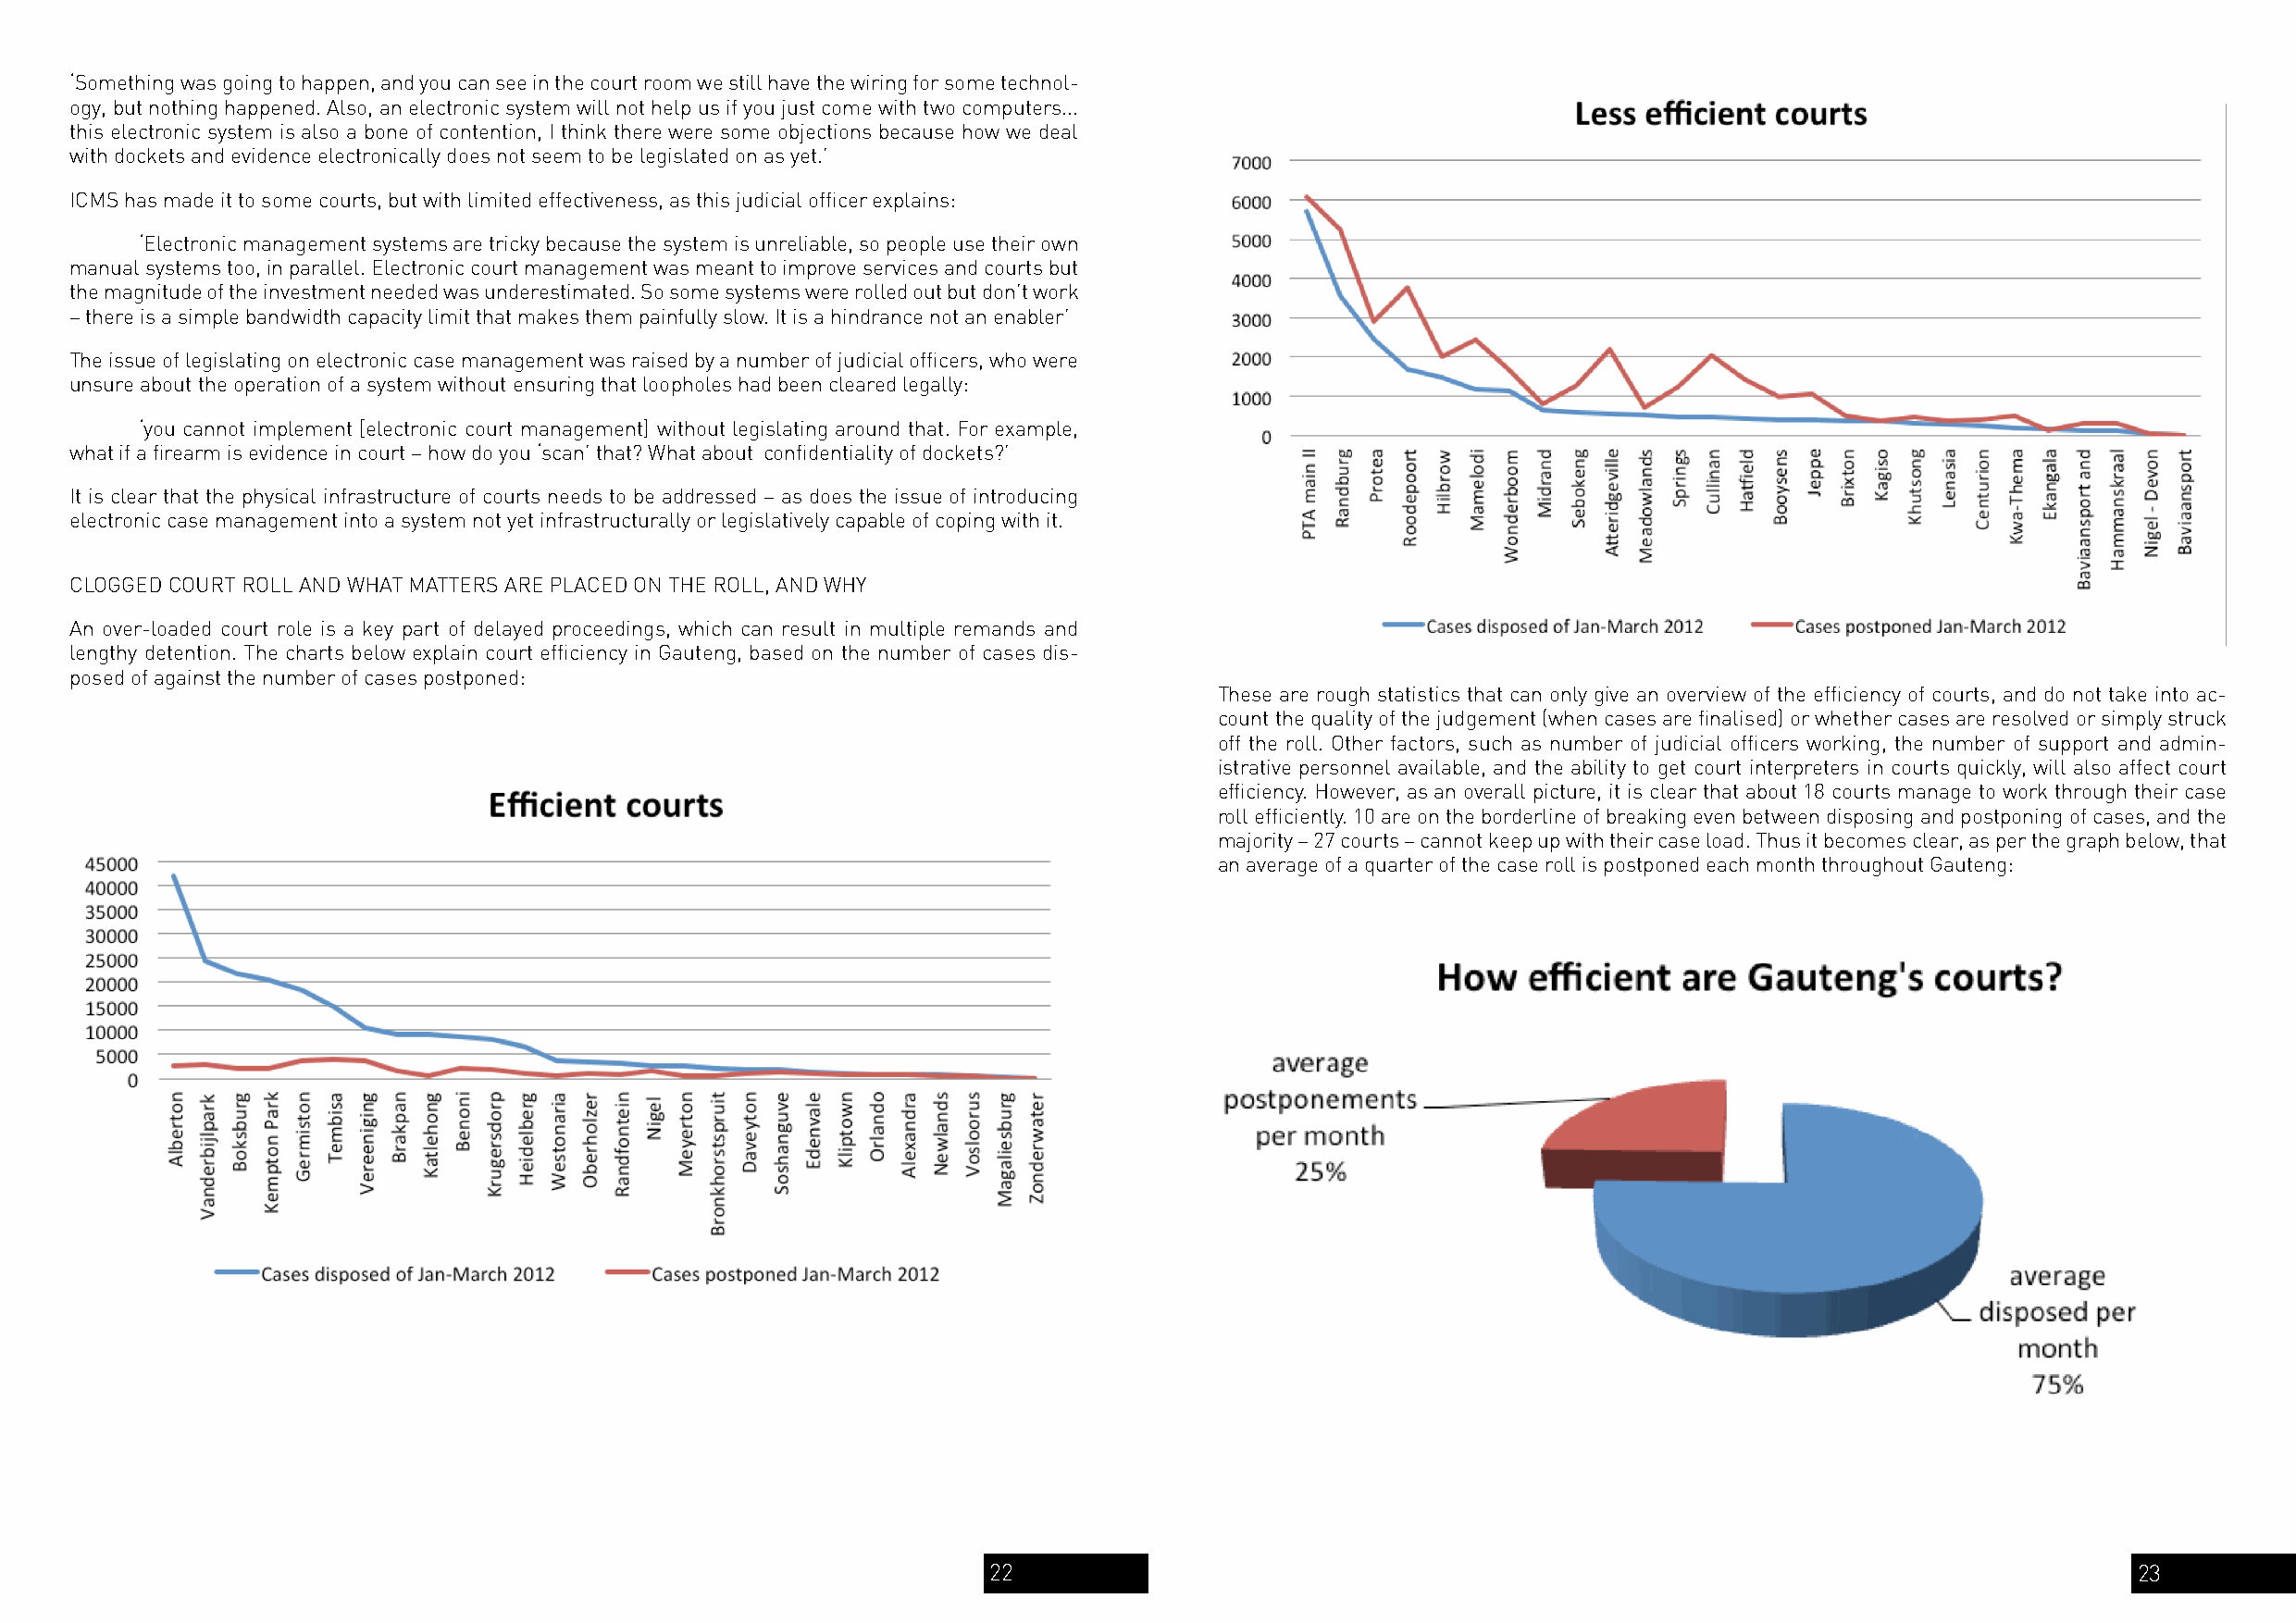
‘Something was going to happen, and you can see in the court room we still have the wiring for some technol-
 ogy, but nothing happened. Also, an electronic system will not help us if you just come with two computers...
 this electronic system is also a bone of contention, I think there were some objections because how we deal
 with dockets and evidence electronically does not seem to be legislated on as yet.’
 ICMS has made it to some courts, but with limited effectiveness, as this judicial officer explains:
 ‘Electronic management systems are tricky because the system is unreliable, so people use their own
 manual systems too, in parallel. Electronic court management was meant to improve services and courts but
 the magnitude of the investment needed was underestimated. So some systems were rolled out but don’t work
 – there is a simple bandwidth capacity limit that makes them painfully slow. It is a hindrance not an enabler’
 The issue of legislating on electronic case management was raised by a number of judicial officers, who were
 unsure about the operation of a system without ensuring that loopholes had been cleared legally:
 ‘you cannot implement [electronic court management] without legislating around that. For example,
 what if a firearm is evidence in court – how do you ‘scan’ that? What about confidentiality of dockets?’
 It is clear that the physical infrastructure of courts needs to be addressed – as does the issue of introducing
 electronic case management into a system not yet infrastructurally or legislatively capable of coping with it.
 CLOGGED COURT ROLL AND WHAT MATTERS ARE PLACED ON THE ROLL, AND WHY
 An over-loaded court role is a key part of delayed proceedings, which can result in multiple remands and
 lengthy detention. The charts below explain court efficiency in Gauteng, based on the number of cases dis-
 posed of against the number of cases postponed:
 These are rough statistics that can only give an overview of the efficiency of courts, and do not take into ac-
 count the quality of the judgement (when cases are finalised) or whether cases are resolved or simply struck
 off the roll. Other factors, such as number of judicial officers working, the number of support and admin-
 istrative personnel available, and the ability to get court interpreters in courts quickly, will also affect court
 efficiency. However, as an overall picture, it is clear that about 18 courts manage to work through their case
 roll efficiently. 10 are on the borderline of breaking even between disposing and postponing of cases, and the
 majority – 27 courts – cannot keep up with their case load. Thus it becomes clear, as per the graph below, that
 an average of a quarter of the case roll is postponed each month throughout Gauteng:
 22                                                                                23